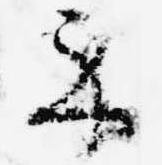
示